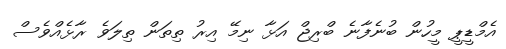
އެމްޑީޕީ މީހުން ބުނެފާނެ ބްރިޖް އަޅާ ނިމޭ އިރު ތިތަން ތިލަވެ ރާޅެއްވެސް